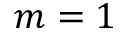
m = 1